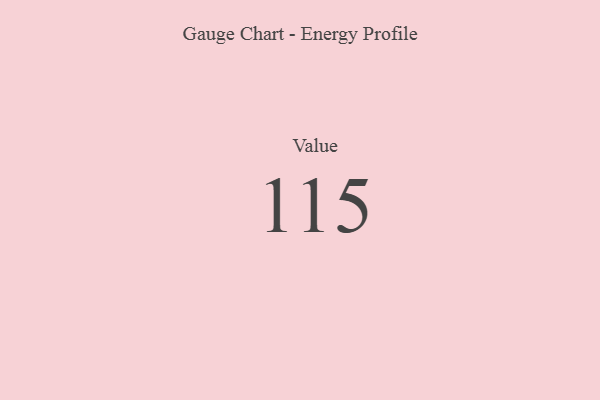
{"axis": {"x": "Metric", "y": "Value"}, "legend": [""], "data": [{"x": "Value", "y": 115, "type": ""}]}